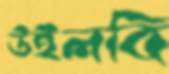
উইলবি